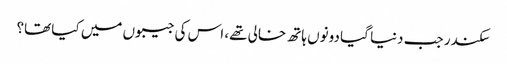
سکندر جب دنیا گیا دونوں ہاتھ خالی تھے، اس کی جیبوں میں کیا تھا؟